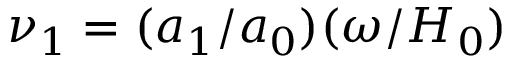
\nu _ { 1 } = ( a _ { 1 } / a _ { 0 } ) ( \omega / H _ { 0 } )